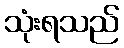
သုံးရသည်